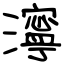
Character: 濘